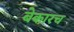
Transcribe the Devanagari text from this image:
बेकारच